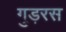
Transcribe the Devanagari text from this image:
गुड़रस